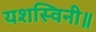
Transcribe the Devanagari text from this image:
यशस्विनी॥